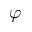
\varphi